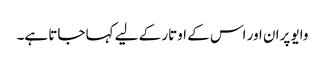
وایو پران اور اس کے اوتار کے لیے کہا جاتا ہے۔